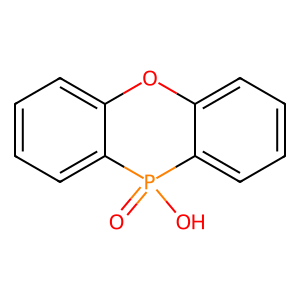
SMILES: O=P1(O)c2ccccc2Oc2ccccc21
Inhibits HIV replication: No